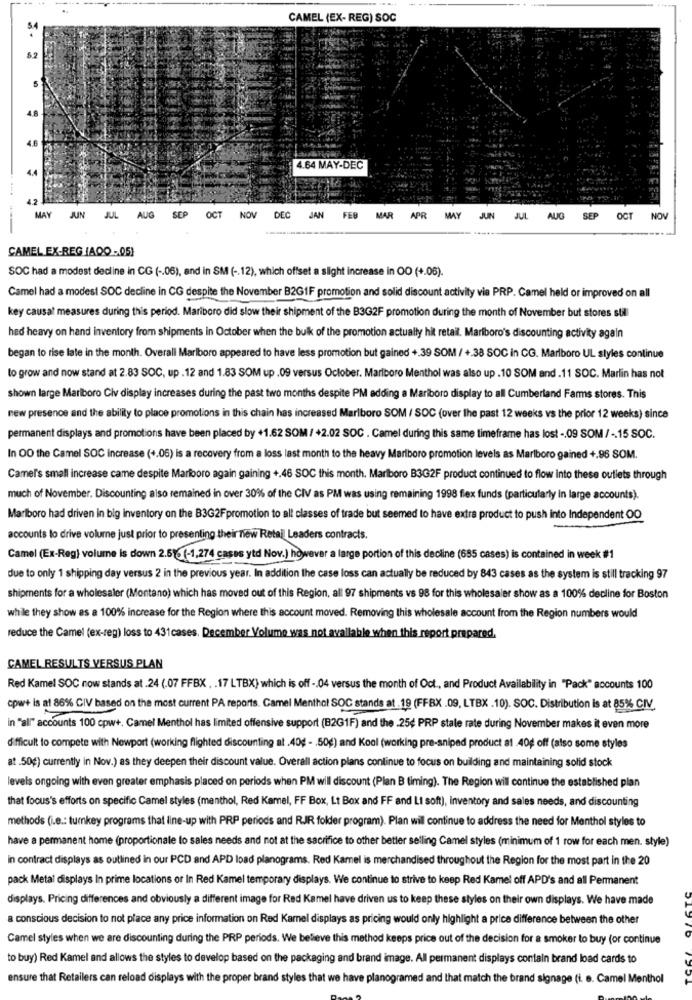
CAMEL (EX- REG) SOC
SA
5.2
5
4.8
4.6
4.4
4.64 MAY-DEC
42
MAY JUN JUL AUG SEP OCT NOV
DEC
JAN FEB MAR APR MAY
JUN
JUL
AUG
SEP
OCT
NOV
-.-
CAMEL EX-REG (AQO- 05)
SOC had a modest decline in CG ( -. 06), and in SM ( -. 12), which offset a slight increase in OO (+.06).
Camel had a modest SOC decline in CG despite the November B2GIF promotion and solid discount activity via PRP. Camel held or improved on all
key causal measures during this period. Mariboro did slow their shipment of the B3G2F promotion during the month of November but stores stil
had heavy on hand inventory from shipments in October when the bulk of the promotion actually hit retail. Mariboro's discounting activity again
began to rise late in the month. Overall Marlboro appeared to have less promotion but gained +.39 SOM / +.38 SOC in CG. Marlboro UL styles continue
to grow and now stand at 2.83 SOC, up . 12 and 1.83 SOM up . 09 versus October. Marlboro Menthol was also up .10 SOM and .11 SOC. Marlin has not
shown large Marlboro Civ display increases during the past two months despite PM adding a Mariboro display to all Cumberland Farms stores. This
new presence and the ability to place promotions in this chain has increased Marlboro SOM / SOC (over the past 12 weeks vs the prior 12 weeks) since
permanent displays and promotions have been placed by +1.62 SOM/ +2.02 SOC . Camel during this same timeframe has lost -. 09 SOM/ -. 15 SOC.
In OD the Camel SOC increase (+.06) is a recovery from a loss last month to the heavy Marlboro promotion levels as Marlboro gained +.96 SOM.
Camel's small increase came despite Mariooro again gaining +,46 SOC this month. Marlboro B3G2F product continued to flow into these outlets through
much of November. Discounting also remained in over 30% of the CIV as PM was using remaining 1998 flex funds (particularly In large accounts).
Marlboro had driven in big inventory on the B3G2Fpromotion to all classes of trade but seemed to have extra product to push into Independent 00
accounts to drive volume just prior to presenting their new Retail Leaders contracts.
Camel (Ex-Reg) volume is down 2.51% (-1,274 casas ytd Nov.) however a large portion of this decline (685 cases) is contained in week #1
due to only 1 shipping day versus 2 in the previous year. In addition the case loss can actually be reduced by 843 cases as the system is still tracking 97
shipments for a wholesaler (Montano) which has moved out of this Region, all 97 shipments vs 98 for this wholesaler show as a 100% decline for Boston
while they show es a 100% increase for the Region where this account moved. Removing this wholesale account from the Region numbers would
reduce the Camel (ex-reg) loss to 431cases. December Volume was not available when this report prepared.
CAMEL RESULTS VERSUS PLAN
Red Kamel SOC now stands at .24 (.07 FFBX . . 17 LTBX) which is off -. 04 versus the month of Oct ., and Product Availability in "Pack" accounts 100
cpw+ is at 86% C/V based on the most current PA reports. Camel Menthol SOC stands at 19 (FFBX .09, LTBX .10). SOC. Distribution is at 85% CIV
in "all" accounts 100 cpw+. Camel Menthol has limited offensive support (B2G1F) and the .25¢ PRP stale rate during November makes it even more
difficult to compete with Newport (working flighted discounting at .40g - . 50g) and Kool (working pre-sniped product a1 40g off (also some styles
at .50g) currently in Nov.) as they deepen their discount value. Overall action plans continue to focus on building and maintaining solid stock
levels ongoing with even greater emphasis placed on periods when PM will discount (Plan B timing). The Region wil continue the established plan
that focus's efforts on specific Camel styles (menthol, Red Kamel, FF Box, Lt Box and FF and Li soft), inventory and sales needs, and discounting
methods (i.e .: turkey programs that line-up with PRP periods and RJR folder program). Plan wil continue to address the need for Menthol styles to
have a permanent home (proportionale to sales needs and not at the sacrifice to other better selling Camel styles (minimum of 1 row for each men. style)
in contract displays as outlined in our PCD and APD load planograms. Red Kamel is merchandised throughout the Region for the most part in the 20
pack Metal displays In prime locations or In Red Kamel temporary displays. We continue to strive to keep Red Kamel off APD's and all Permanent
displays. Pricing differences and obviously a different image for Red Kamel have driven us to keep these styles on their own displays. We have made
a conscious decision to not place any price information on Red Kamel displays as pricing would only highlight a price difference between the other
Camel styles when we are discounting during the PRP periods. We believe this method keeps price out of the decision for a smoker to buy (or continue
to buy) Red Kamel and allows the styles to develop based on the packaging and brand image. All permanent displays contain brand load cards to
ensure that Retailers can reload displays with the proper brand styles that we have planogramed and that match the brand signage (i. e. Camel Menthol